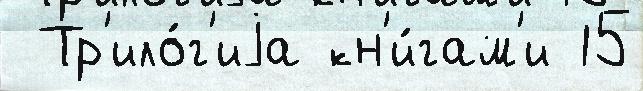
 Тр'ило́г'иjа кн'и́гам'и 15